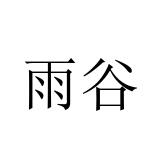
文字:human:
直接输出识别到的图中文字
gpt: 雨谷